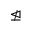
\ntrianglelefteq